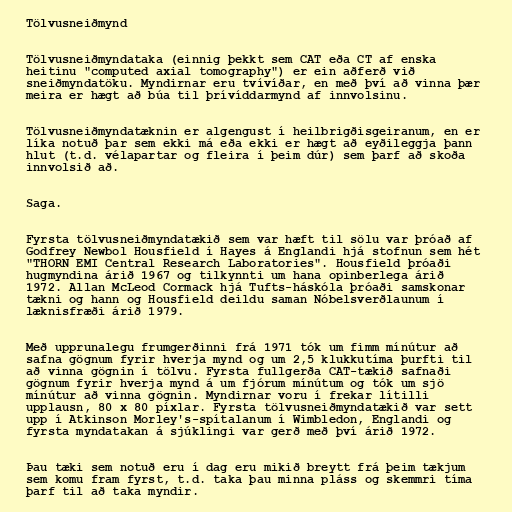
Tölvusneiðmynd

Tölvusneiðmyndataka (einnig þekkt sem CAT eða CT af enska
heitinu "computed axial tomography") er ein aðferð við
sneiðmyndatöku. Myndirnar eru tvívíðar, en með því að vinna þær
meira er hægt að búa til þrívíddarmynd af innvolsinu.

Tölvusneiðmyndatæknin er algengust í heilbrigðisgeiranum, en er
líka notuð þar sem ekki má eða ekki er hægt að eyðileggja þann
hlut (t.d. vélapartar og fleira í þeim dúr) sem þarf að skoða
innvolsið að.

Saga.

Fyrsta tölvusneiðmyndatækið sem var hæft til sölu var þróað af
Godfrey Newbol Housfield í Hayes á Englandi hjá stofnun sem hét
"THORN EMI Central Research Laboratories". Housfield þróaði
hugmyndina árið 1967 og tilkynnti um hana opinberlega árið
1972. Allan McLeod Cormack hjá Tufts-háskóla þróaði samskonar
tækni og hann og Housfield deildu saman Nóbelsverðlaunum í
læknisfræði árið 1979.

Með upprunalegu frumgerðinni frá 1971 tók um fimm mínútur að
safna gögnum fyrir hverja mynd og um 2,5 klukkutíma þurfti til
að vinna gögnin í tölvu. Fyrsta fullgerða CAT-tækið safnaði
gögnum fyrir hverja mynd á um fjórum mínútum og tók um sjö
mínútur að vinna gögnin. Myndirnar voru í frekar lítilli
upplausn, 80 x 80 píxlar. Fyrsta tölvusneiðmyndatækið var sett
upp í Atkinson Morley's-spítalanum í Wimbledon, Englandi og
fyrsta myndatakan á sjúklingi var gerð með því árið 1972.

Þau tæki sem notuð eru í dag eru mikið breytt frá þeim tækjum
sem komu fram fyrst, t.d. taka þau minna pláss og skemmri tíma
þarf til að taka myndir.